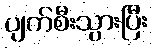
ပျက်စီးသွားပြီး